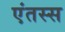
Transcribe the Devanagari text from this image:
एंतस्स